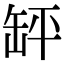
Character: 䍈